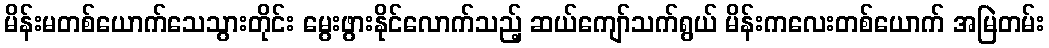
မိန်းမတစ်ယောက်သေသွားတိုင်း မွေးဖွားနိုင်လောက်သည့် ဆယ်ကျော်သက်ရွယ် မိန်းကလေးတစ်ယောက် အမြဲတမ်း